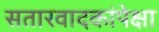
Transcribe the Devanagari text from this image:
सतारवादकांपेक्षा